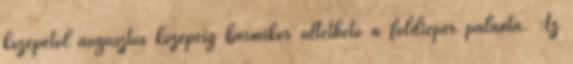
közepétől augusztus közepéig bármikor ültethető a földieper palánta. Az